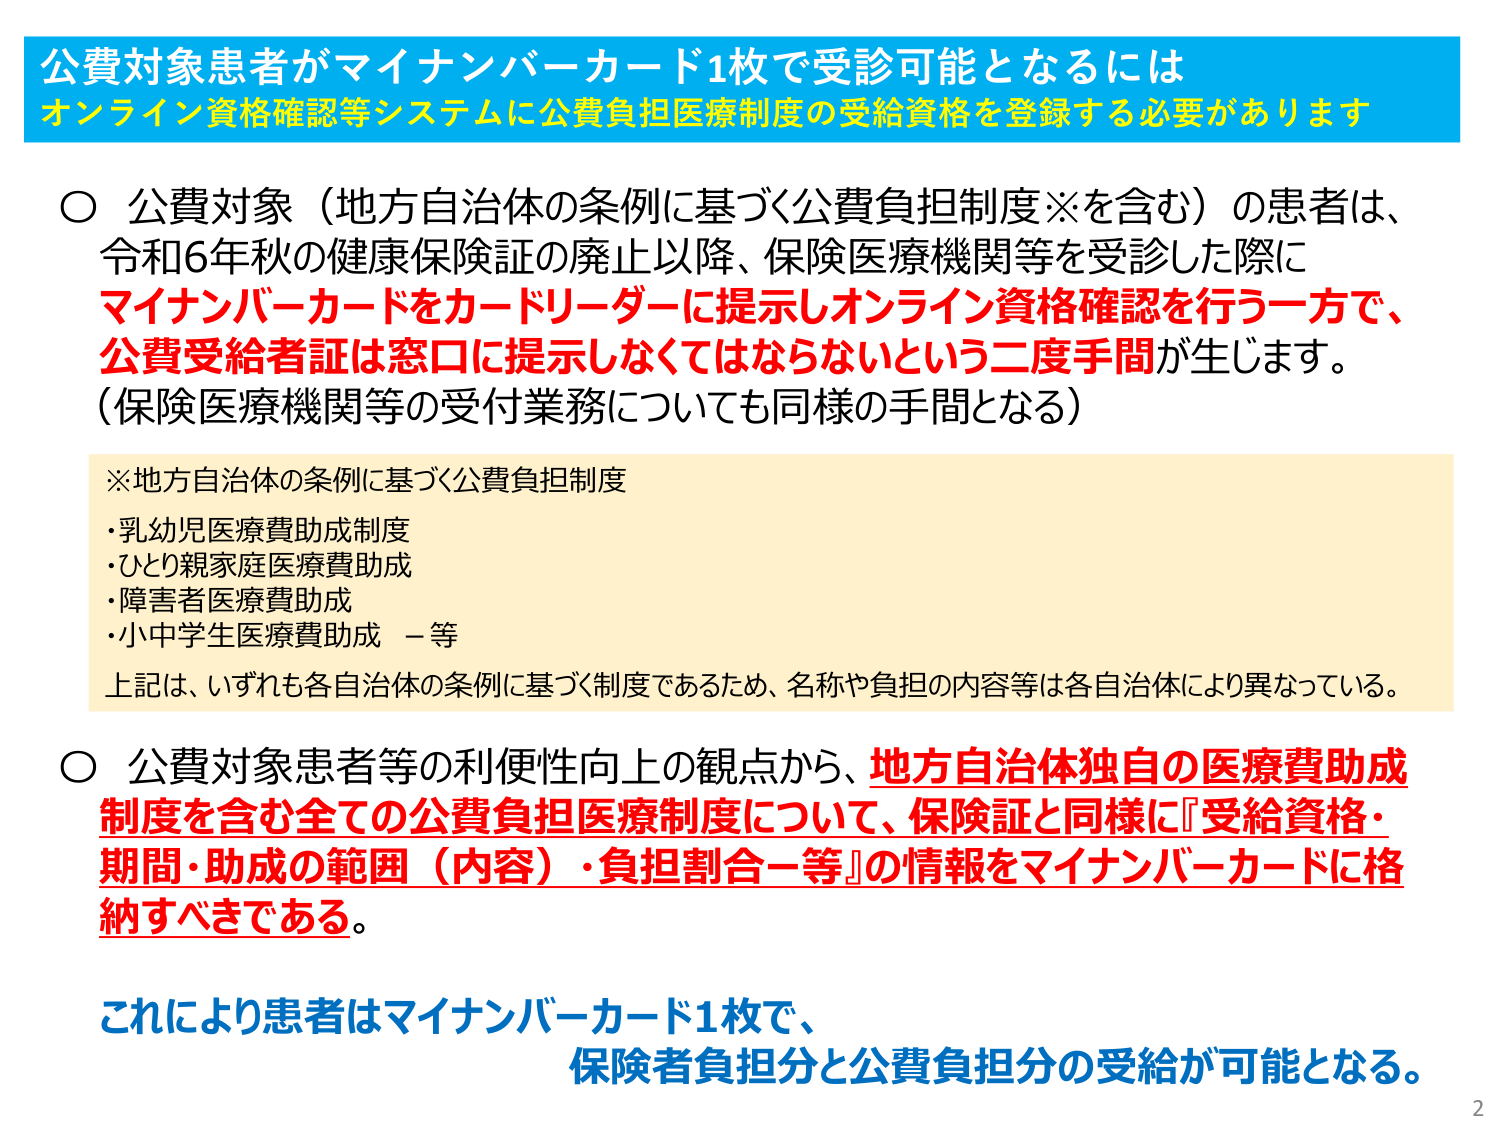
公費対象患者がマイナンバーカード1枚で受診可能となるには
オンライン資格確認等システムに公費負担医療制度の受給資格を登録する必要があります

○ 公費対象（地方自治体の条例に基づく公費負担制度※を含む）の患者は、
令和6年秋の健康保険証の廃止以降、保険医療機関等を受診した際に
マイナンバーカードをカードリーダーに提示しオンライン資格確認を行う一方で、
公費受給者証は窓口に提示しなくてはならないという二度手間が生じます。
（保険医療機関等の受付業務についても同様の手間となる）

※地方自治体の条例に基づく公費負担制度
・乳幼児医療費助成制度
・ひとり親家庭医療費助成
・障害者医療費助成
・小中学生医療費助成 －等
上記は、いずれも各自治体の条例に基づく制度であるため、名称や負担の内容等は各自治体により異なっている。

○ 公費対象患者等の利便性向上の観点から、地方自治体独自の医療費助成制度を含む全ての公費負担医療制度について、保険証と同様に『受給資格・期間・助成の範囲（内容）・負担割合等』の情報をマイナンバーカードに格納すべきである。

これにより患者はマイナンバーカード1枚で、
保険者負担分と公費負担分の受給が可能となる。

2